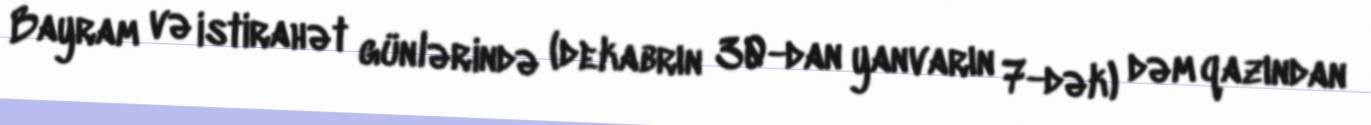
Bayram və istirahət günlərində (dekabrın 30-dan yanvarın 7-dək) dəm qazından